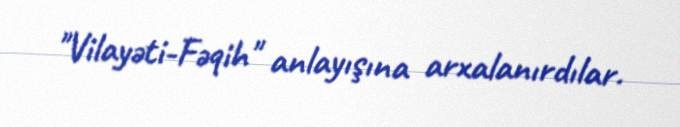
"Vilayəti-Fəqih" anlayışına arxalanırdılar.